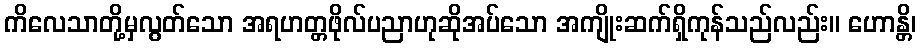
ကိလေသာတို့မှလွတ်သော အရဟတ္တဖိုလ်ပညာဟုဆိုအပ်သော အကျိုးဆက်ရှိကုန်သည်လည်း။ ဟောန္တိ၊